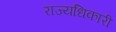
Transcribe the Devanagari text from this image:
राज्यधिकारी